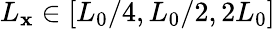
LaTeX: L_{\mathbf{x}}\in[L_{0}/4,L_{0}/2,2L_{0}]